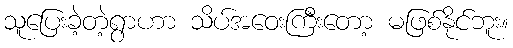
သူပြေးခဲ့တဲ့ရွာဟာ သိပ်အဝေးကြီးတော့ မဖြစ်နိုင်ဘူး။